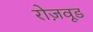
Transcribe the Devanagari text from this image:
रोज़वूड